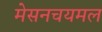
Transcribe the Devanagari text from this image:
मेसनचयमल